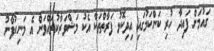
ގައުމަށް ފައިދާ ހުރި ކަންކަމުގައި އިދިކޮޅު ފަރާތްތަކާ އެކު މަޝްވަރާކުރައްވަން އެ މަނިކުފާނު